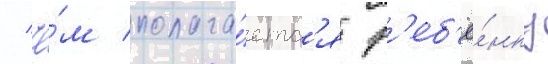
/ че́м полага́етс'я р'еб'ё́нку